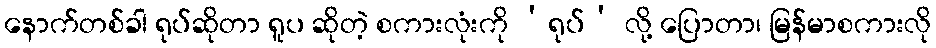
နောက်တစ်ခါ ရုပ်ဆိုတာ ရူပ ဆိုတဲ့ စကားလုံးကို ‘ရုပ်’ လို့ ပြောတာ၊ မြန်မာစကားလို